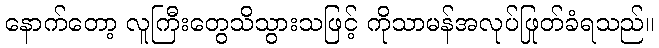
နောက်တော့ လူကြီးတွေသိသွားသဖြင့် ကိုသာမန်အလုပ်ဖြုတ်ခံရသည်။